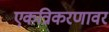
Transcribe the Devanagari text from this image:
एकत्रिकरणावर